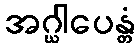
အဂ္ဃါပေန္တံ